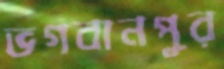
ভগবানপুর